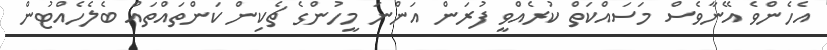
އެހެންވެ އޭނާވެސް މަސައްކަތް ކުރެއްވީ ފުރަން އަންނަ މީހުންގެ ޗެކިން ކަންތައްތައް ބެލެހެއްޓުން